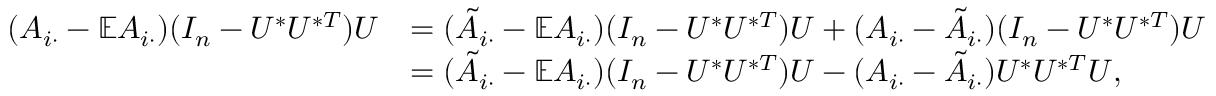
\begin{array} { r l } { ( A _ { i \cdot } - \mathbb { E } A _ { i \cdot } ) ( I _ { n } - U ^ { * } U ^ { * T } ) U } & { = ( \tilde { A } _ { i \cdot } - \mathbb { E } A _ { i \cdot } ) ( I _ { n } - U ^ { * } U ^ { * T } ) U + ( A _ { i \cdot } - \tilde { A } _ { i \cdot } ) ( I _ { n } - U ^ { * } U ^ { * T } ) U } \\ & { = ( \tilde { A } _ { i \cdot } - \mathbb { E } A _ { i \cdot } ) ( I _ { n } - U ^ { * } U ^ { * T } ) U - ( A _ { i \cdot } - \tilde { A } _ { i \cdot } ) U ^ { * } U ^ { * T } U , } \end{array}